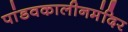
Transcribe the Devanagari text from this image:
पांडवकालीनमंदिर